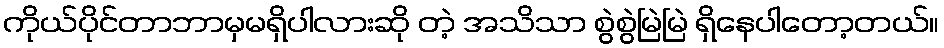
ကိုယ်ပိုင်တာဘာမှမရှိပါလားဆို တဲ့ အသိသာ စွဲစွဲမြဲမြဲ ရှိနေပါတော့တယ်။